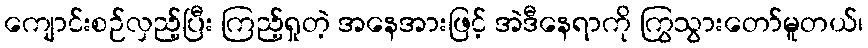
ကျောင်းစဉ်လှည့်ပြီး ကြည့်ရှုတဲ့ အနေအားဖြင့် အဲဒီနေရာကို ကြွသွားတော်မူတယ်၊